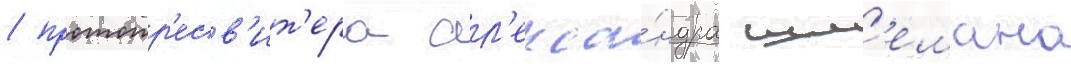
/ протопр'есв'ит'ера ал'екса́ндра шм'емана